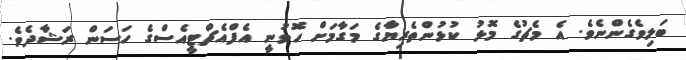
ބަލިވެގެންނެވެ. އެ މެޗުގެ މޮޅު ކުޅުންތެރިޔާގެ މަގާމަށް ހޮވުނީ އެފްއެޗްޓީއެސްގެ ހަސަން ރަޝާދެވެ.